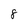
Character: 8